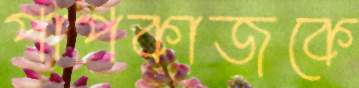
পাপকাজকে